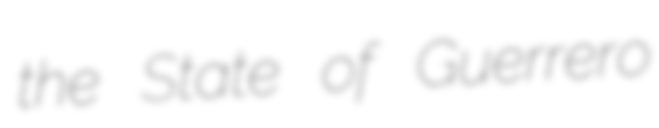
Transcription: the State of Guerrero